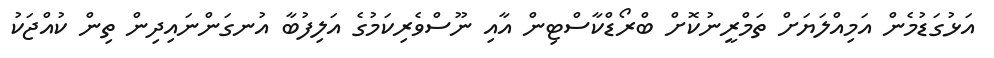
އަޅުގަޑުމެން އަމިއްލަޔަށް ތަމްރީނުކޮށް ބްރޯޑްކާސްޓިން އާއި ނޫސްވެރިކަމުގެ އަލިފުބާ އުނގަންނައިދިން ތިން ކުއްޖަކު